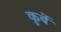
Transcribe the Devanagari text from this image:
कुर्बे